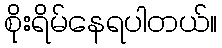
စိုးရိမ်နေရပါတယ်။